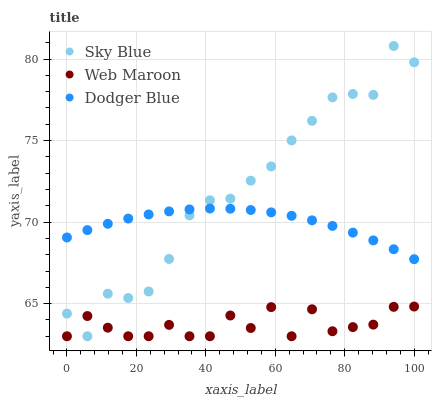
| xaxis_label | Sky Blue | Web Maroon | Dodger Blue |
 | --- | --- | --- | --- |
 | 0 | 64.4 | 63 | 69.1 |
 | 5.88 | 63 | 64.2 | 69.5 |
 | 11.8 | 65.6 | 63.5 | 69.9 |
 | 17.6 | 65.3 | 63 | 70.2 |
 | 23.5 | 65.7 | 63 | 70.5 |
 | 29.4 | 67.7 | 63.7 | 70.7 |
 | 35.3 | 70.4 | 63 | 70.8 |
 | 41.2 | 71.3 | 63 | 70.8 |
 | 47.1 | 71.4 | 64.3 | 70.8 |
 | 52.9 | 72.5 | 63.5 | 70.7 |
 | 58.8 | 73.4 | 64.8 | 70.6 |
 | 64.7 | 75 | 63 | 70.4 |
 | 70.6 | 76.2 | 64.7 | 70.1 |
 | 76.5 | 77.6 | 63.3 | 69.8 |
 | 82.4 | 77.9 | 63.6 | 69.4 |
 | 88.2 | 77.8 | 63.7 | 68.9 |
 | 94.1 | 80.8 | 64.8 | 68.3 |
 | 100 | 79.8 | 64.8 | 67.7 |